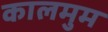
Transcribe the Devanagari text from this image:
कालमुम